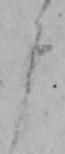
よ